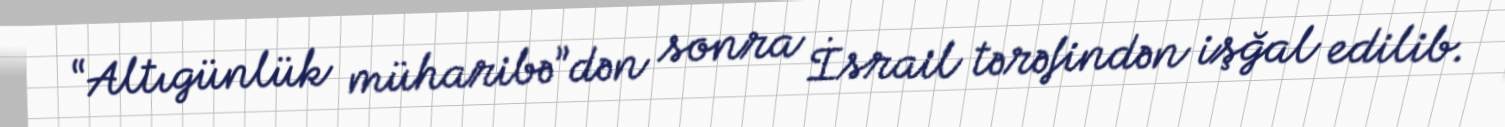
“Altıgünlük müharibə”dən sonra İsrail tərəfindən işğal edilib.